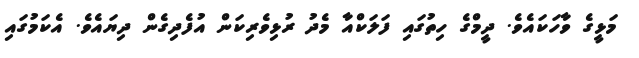
މަޅީގެ ވާހަކައެވެ. ދީމްގެ ހިތުގައި ފަލަކްއާ މެދު ރުޅިވެރިކަން އުފެދިގެން ދިޔައެވެ. އެކަމުގައި